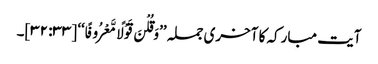
آیت مبارکہ کا آخری جملہ ’’وَقُلْنَ قَوْلًا مَّعْرُوفًا‘‘ [۳۳: ۳۲]۔